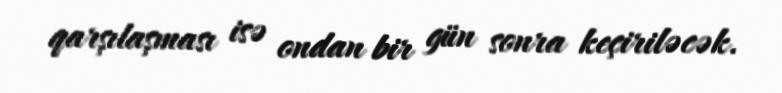
qarşılaşması isə ondan bir gün sonra keçiriləcək.